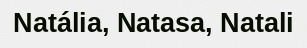
Natália, Natasa, Natali